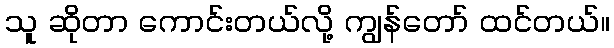
သူ ဆိုတာ ကောင်းတယ်လို့ ကျွန်တော် ထင်တယ်။